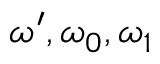
\omega ^ { \prime } , \omega _ { 0 } , \omega _ { 1 }